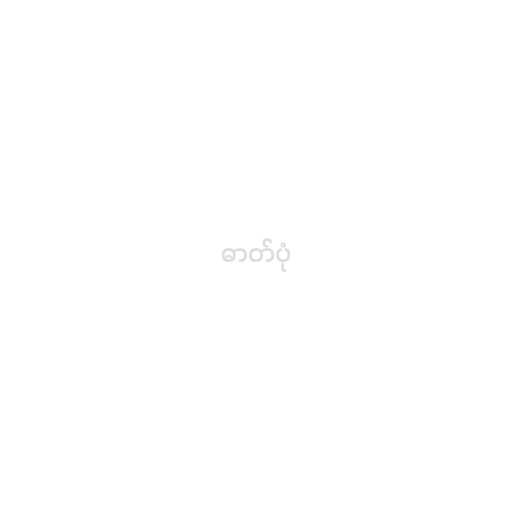
ဓာတ်ပုံ